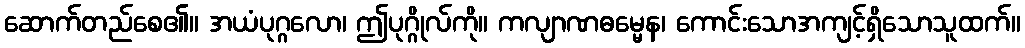
ဆောက်တည်စေ၏။ အယံပုဂ္ဂလော၊ ဤပုဂ္ဂိုလ်ကို။ ကလျာဏဓမ္မေန၊ ကောင်းသောအကျင့်ရှိသောသူထက်။